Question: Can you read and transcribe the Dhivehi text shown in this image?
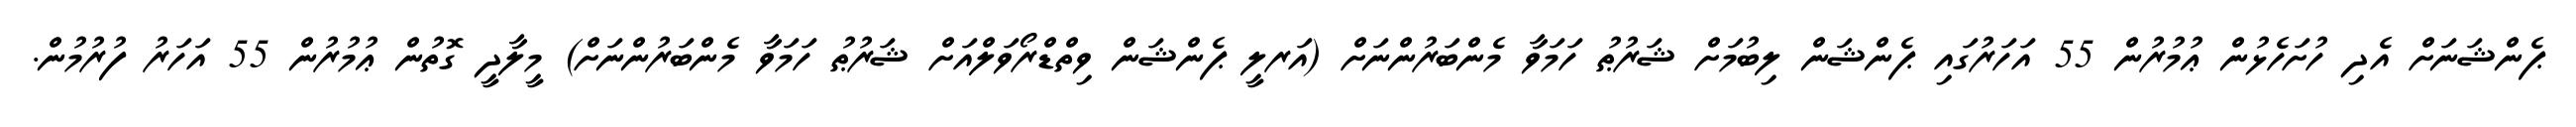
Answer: ޕެންޝަނަށް އެދި ހުށަހެޅުން ޢުމުރުން 55 އަހަރުގައި ޕެންޝަން ލިބުމަށް ޝަރުޠު ހަމަވާ މެންބަރުންނަށް (އަރލީ ޕެންޝަން ވިތްޑްރޯވަލްއަށް ޝަރުޠު ހަމަވާ މެންބަރުންނަށް) މީލާދީ ގޮތުން ޢުމުރުން 55 އަހަރު ފުރުމުން.